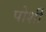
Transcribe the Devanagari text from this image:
पोर्शी